Report on sanitation, dispensaries, and jails in Rajputana for 1909, and on vaccination for the year 1909-1910 - 1909-1910
Year: 1909
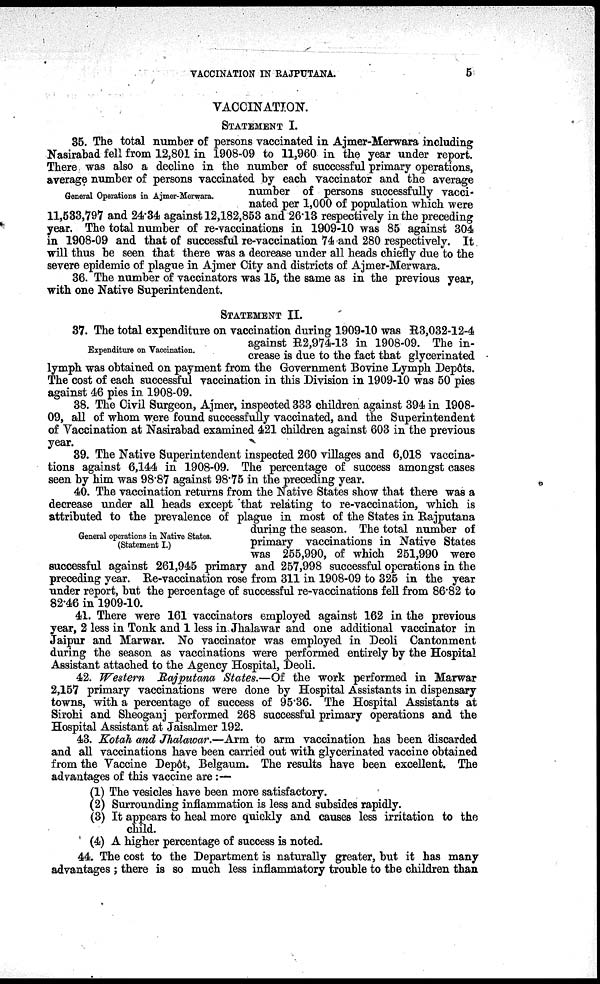
VACCINATION IN RAJPUTANA.
5
VACCINATION.
STATEMENT I.
General Operations in Ajmer-Merwara.
35. The total number of persons vaccinated in Ajmer-Merwara including
Nasirabad fell from 12,801 in 1908-09 to 11,960 in the year under report.
There was also a decline in the number of successful primary operations,
average number of persons vaccinated by each vaccinator and the average
number of persons successfully vacci-
nated per 1,000 of population which were
11,533,797 and 24.34 against 12,182,853 and 26.13 respectively in the preceding
year. The total number of re-vaccinations in 1909-10 was 85 against 304
in 1908-09 and that of successful re-vaccination 74 and 280 respectively. It
will thus be seen that there was a decrease under all heads chiefly due to the
severe epidemic of plague in Ajmer City and districts of Ajmer-Merwara.
36. The number of vaccinators was 15, the same as in the previous year,
with one Native Superintendent.
STATEMENT II.
Expenditure on Vaccination.
37. The total expenditure on vaccination during 1909-10 was R3,032-12-4
against R2,974-13 in 1908-09. The in-
crease is due to the fact that glycerinated
lymph was obtained on payment from the Government Bovine Lymph Depôts.
The cost of each successful vaccination in this Division in 1909-10 was 50 pies
against 46 pies in 1908-09.
38. The Civil Surgeon, Ajmer, inspected 333 children against 394 in 1908-
09, all of whom were found successfully vaccinated, and the Superintendent
of Vaccination at Nasirabad examined 421 children against 603 in the previous
year.
39. The Native Superintendent inspected 260 villages and 6,018 vaccina-
tions against 6,144 in 1908-09. The percentage of success amongst cases
seen by him was 98.87 against 98.75 in the preceding year.
General operations in Native States.
(Statement I.)
40. The vaccination returns from the Native States show that there was a
decrease under all heads except that relating to re-vaccination, which is
attributed to the prevalence of plague in most of the States in Rajputana
during the season. The total number of
primary vaccinations in Native States
was 255,990, of which 251,990 were
successful against 261,945 primary and 257,998 successful operations in the
preceding year. Re-vaccination rose from 311 in 1908-09 to 325 in the year
under report, but the percentage of successful re-vaccinations fell from 86.82 to
82.46 in 1909-10.
41. There were 161 vaccinators employed against 162 in the previous
year, 2 less in Tonk and 1 less in Jhalawar and one additional vaccinator in
Jaipur and Marwar. No vaccinator was employed in Deoli Cantonment
during the season as vaccinations were performed entirely by the Hospital
Assistant attached to the Agency Hospital, Deoli.
42. Western Rajputana States.—Of the work performed in Marwar
2,157 primary vaccinations were done by Hospital Assistants in dispensary
towns, with a percentage of success of 95.36. The Hospital Assistants at
Sirohi and Sheoganj performed 268 successful primary operations and the
Hospital Assistant at Jaisalmer 192.
43. Kotah and Jhalawar.—Arm to arm vaccination has been discarded
and all vaccinations have been carried out with glycerinated vaccine obtained
from the Vaccine Depôt, Belgaum. The results have been excellent. The
advantages of this vaccine are :—
(1) The vesicles have been more satisfactory.
(2) Surrounding inflammation is less and subsides rapidly.
(3) It appears to heal more quickly and causes less irritation to the
child.
(4) A higher percentage of success is noted.
44. The cost to the Department is naturally greater, but it has many
advantages ; there is so much less inflammatory trouble to the children than